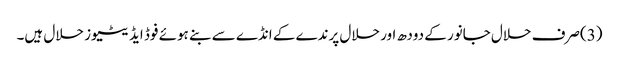
(3)صرف حلال جانور کے دودھ اور حلال پرندے کے انڈے سے بنے ہوئے فوڈ ایڈیٹیوز حلال ہیں۔